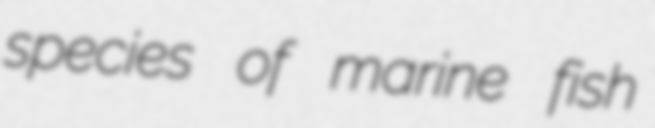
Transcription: species of marine fish